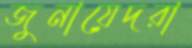
জুনায়েদরা